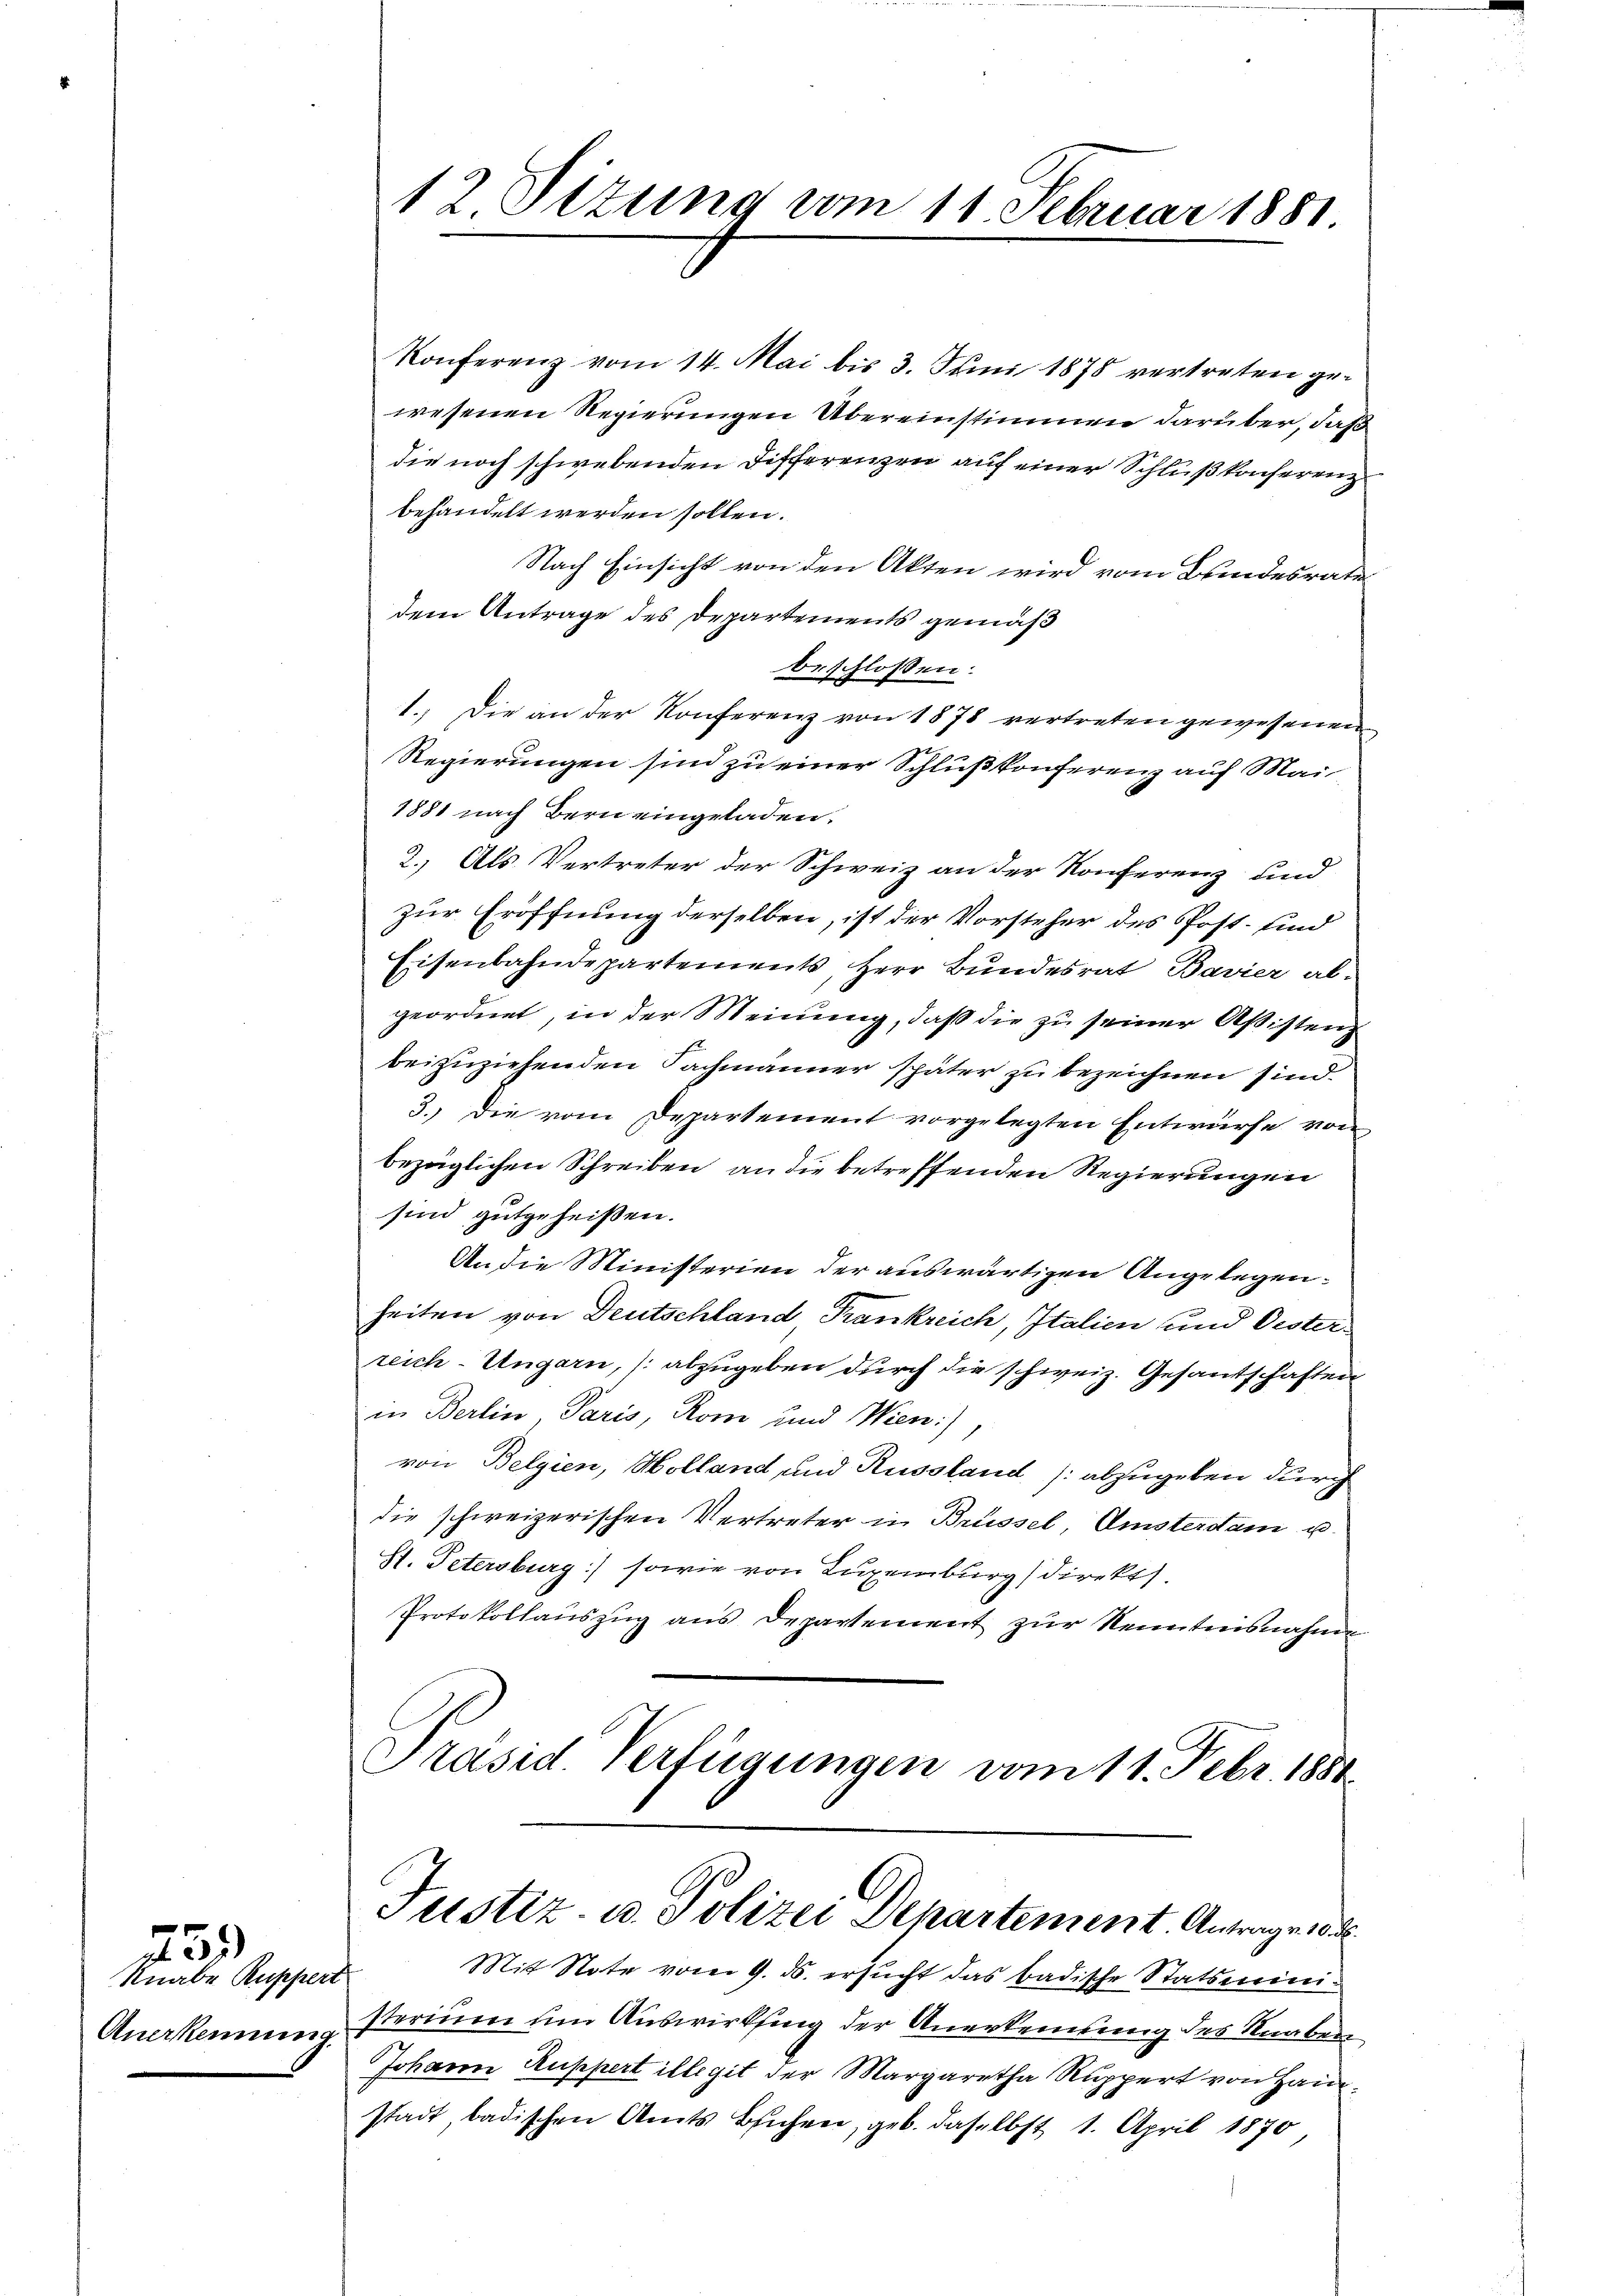
759)

Knabe Ruppert
Anerkennung

12 Sizung vom 11. Februar 1881

Konferenz vom 14. Mai bis 3. Juni 1878 vertreten gewesenen Regierungen Übereinstimmen darüber, daß
die noch schwebenden Differenzen auf einer Schluß konferenz
behandelt werden sollen.
Nach Einsicht von den Akten wird vom Bundesrate
dem Antrage des Departements gemäß
beschlossen:
1.) Die an der Konferenz von 1878 vertreten gewesenen
Regierungen sind zu einer Schlußkonferenz auf Mai-
1881 nach Bern eingeladen.
2. Als Vertreter der Schweiz an der Konferenz und
zur Eröffnung derselben, ist der Vorsteher des Post- und
Eisenbahndepartements, Herr Bundesrat Bavier abgeordnet, in der Meinung, daß die zu seiner Aßisten
beizuziehenden Fachmänner später zu bezeichnen sind.
3.) Die vom Departement vorgelegten Entwurfe von
bezüglichen Schreiben an die betreffenden Regierungen
sind gutgeheißen.
An die Ministerien der auswärtigen Angelegenheiten von Deutschland Frankreich, Italien und Oesterreich-Ungarn, (abzugeben durch die schweiz. Gesandschaften
in Berlin, Paris, Rom und Wien),
von Belgien, Holland und Russland (abzugeben durch
die schweizerischen Vertreter in Brüssel, Amsterdam u.
St. Petersburg) sowie von Luxenburg (Direkt.
Protokollauszug aus Departement zur Kenntnisnahme
Präsid. Verfügungen vom 11. Febr. 1881

Justiz- u. Polizei Departement. Antrage 18

Mit Note vom 9. ds. ersucht das badische Statsministerium um Auswirkling der Anerkennung des Knaben
Johann Ruppert illegit der Margaretha Ruppert von Haustadt badischen Amts Buchen, geb. daselbst 1. April 1870